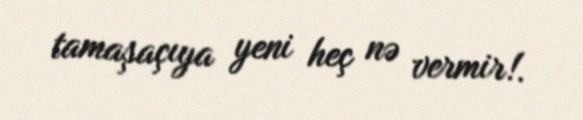
tamaşaçıya yeni heç nə vermir!.